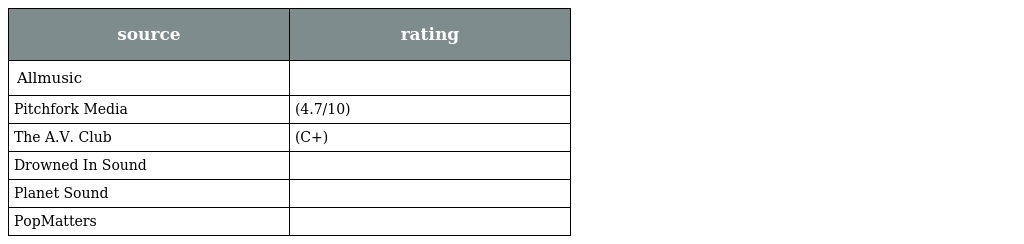
| source | rating |
 | --- | --- |
 | Allmusic |  |
 | Pitchfork Media | (4.7/10) |
 | The A.V. Club | (C+) |
 | Drowned In Sound |  |
 | Planet Sound |  |
 | PopMatters |  |